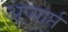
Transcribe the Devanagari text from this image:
अप्यार्प्त